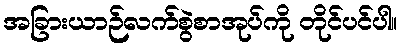
အခြားယာဉ်လက်စွဲစာအုပ်ကို တိုင်ပင်ပါ။